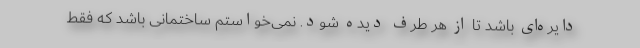
دایره‌ای باشد تا از هر طرف دیده شود. نمی‌خواستم ساختمانی باشد که فقط